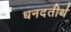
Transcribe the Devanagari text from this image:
धनदतीर्थ